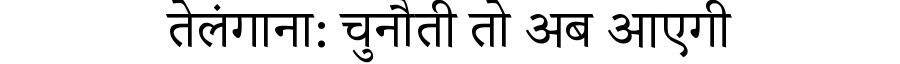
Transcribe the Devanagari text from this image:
तेलंगाना: चुनौती तो अब आएगी